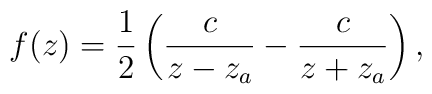
f(z)={1\over 2}\left({c\over z-z_a}-{c\over z+z_a}\right) ,